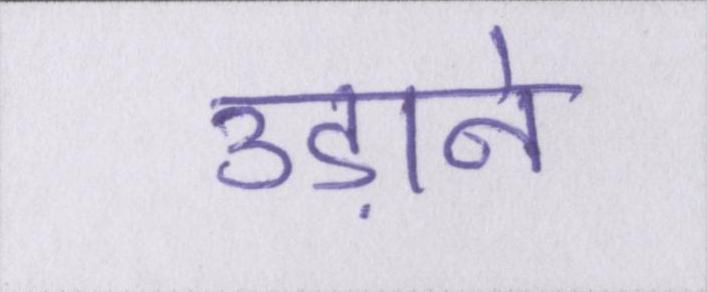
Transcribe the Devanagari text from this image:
उड़ाने